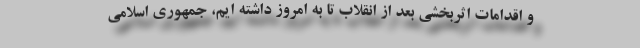
و اقدامات اثربخشی بعد از انقلاب تا به امروز داشته ایم، جمهوری اسلامی